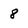
Character: 8